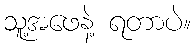
သူ့အဖေနဲ့ ရတာပဲ။